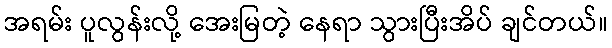
အရမ်း ပူလွန်းလို့ အေးမြတဲ့ နေရာ သွားပြီးအိပ် ချင်တယ်။